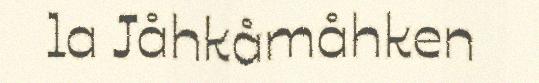
la Jåhkåmåhken